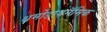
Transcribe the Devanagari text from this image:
थर्मोडायनॅमिक